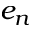
e _ { n }